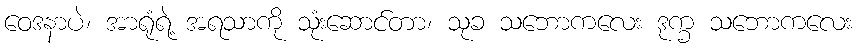
ဝေဒနာပဲ၊ အာရုံရဲ့ အရသာကို သုံးဆောင်တာ၊ သုခ သဘောကလေး ဒုက္ခ သဘောကလေး